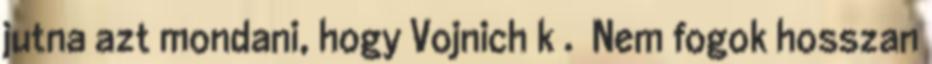
jutna azt mondani, hogy Vojnich k . Nem fogok hosszan